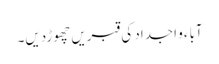
آباء و اجداد کی قبریں چھوڑدیں۔